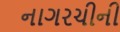
નાગરચીની